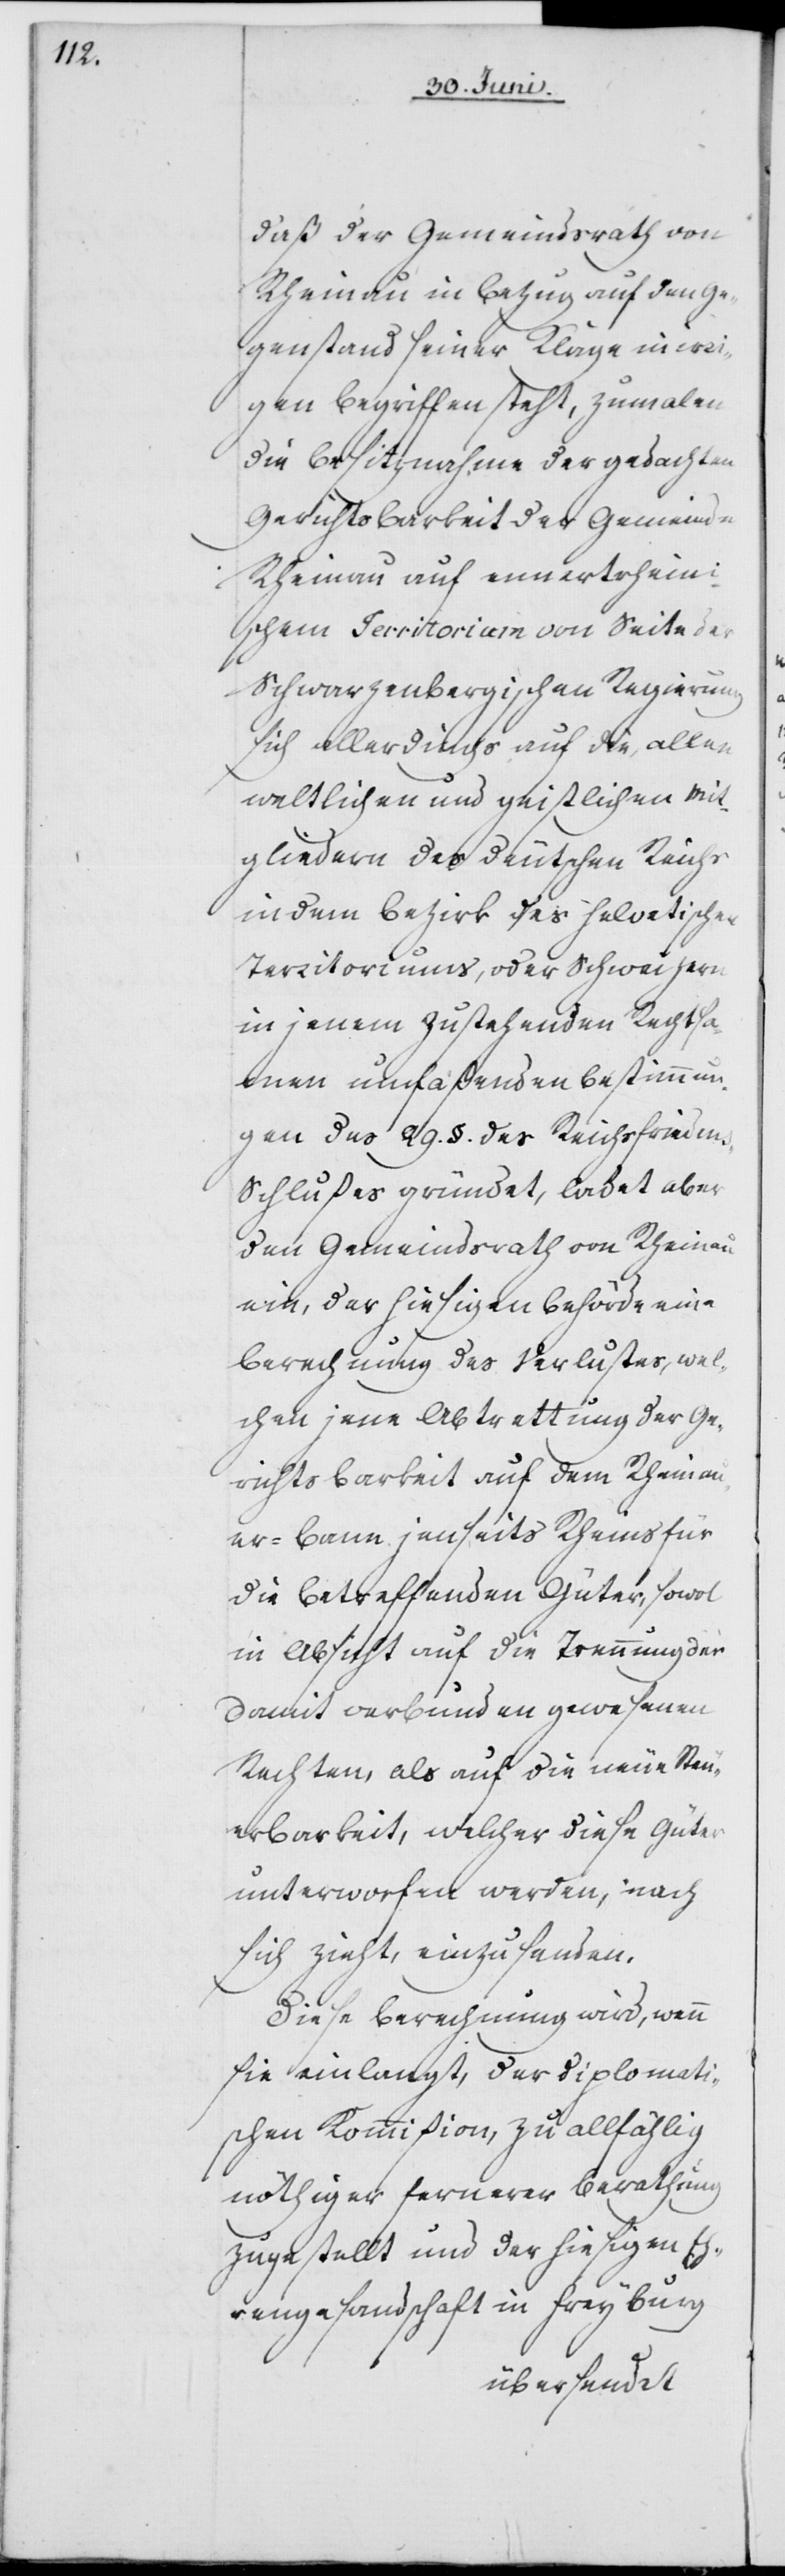
daß der Gemeindsrath von
Rheinau in Bezug auf den Ge¬
genstand seiner Klage in irri¬
gen Begriffen steht, zumalen
die Besiznahme der gedachten
Gerichtsbarkeit der Gemeinde
Rheinau auf ennertrhein¬
ischem Territorium von Seite der
Schwarzenbergischen Regierung
sich allerdings auf die, allen
weltlichen und geistlichen Mit¬
gliedern des deutschen Reichs
in dem Bezirk des helvetischen
Territoriums, oder Schweizern
in jenem zustehenden Rechtsa¬
men umfaßenden Bestimmun¬
gen des 29. §. des Reichsfrieden¬
s-Schlußes gründet, ladet aber
den Gemeindsrath von Rheinau
ein, der hiesigen Behörde eine
Berechnung des Verlustes, wel¬
chen jene Abtrettung der Ge¬
richtsbarkeit auf dem Rheinau¬
er-Bann jenseits Rheins für
die betreffenden Güter, sowol
in Absicht auf die Trennung der
damit verbunden gewesenen
Rechten, als auf die neue Steu¬
erbarkeit, welcher diese Güter
unterworfen werden, nach
sich zieht, einzusenden.
Diese Berechnung wird, wenn
sie einlangt, der diplomati¬
schen Kommißion, zu allfählig
nöthiger fernerer Berathung
zugestellt und der hiesigen Eh¬
rengesandschaft in Freyburg